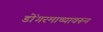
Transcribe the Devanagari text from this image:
डोंगरमाथ्यावरून